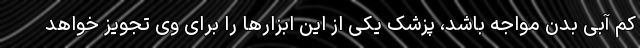
کم آبی بدن مواجه باشد، پزشک یکی از این ابزارها را برای وی تجویز خواهد